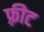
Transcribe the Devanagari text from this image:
फ़्रीट